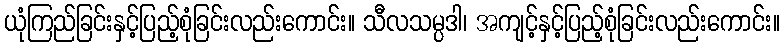
ယုံကြည်ခြင်းနှင့်ပြည့်စုံခြင်းလည်းကောင်း။ သီလသမ္ပဒါ၊ အကျင့်နှင့်ပြည့်စုံခြင်းလည်းကောင်း။